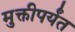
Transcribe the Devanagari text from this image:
मुक्तीपर्यंत